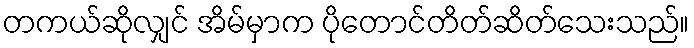
တကယ်ဆိုလျှင် အိမ်မှာက ပိုတောင်တိတ်ဆိတ်သေးသည်။